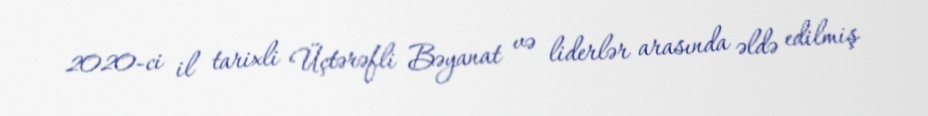
2020-ci il tarixli Üçtərəfli Bəyanat və liderlər arasında əldə edilmiş